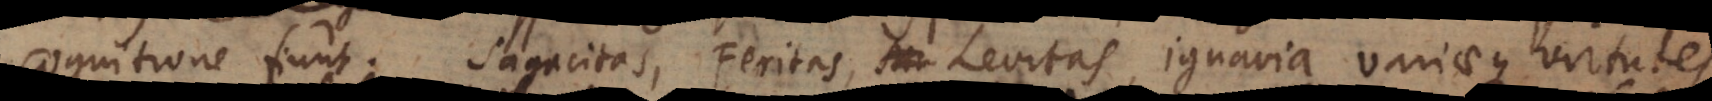
cognitione fiunt; Sagacitas, Feritas, Levitas, Ignavia, variaeque virtutes